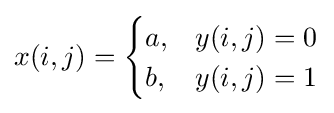
x(i,j)={\begin{cases}a,&y(i,j)=0\\b,&y(i,j)=1\end{cases}}